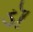
ડૉ